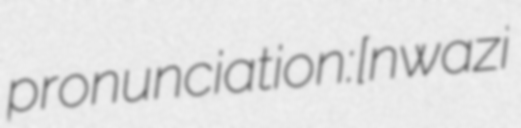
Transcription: pronunciation: [nwazi